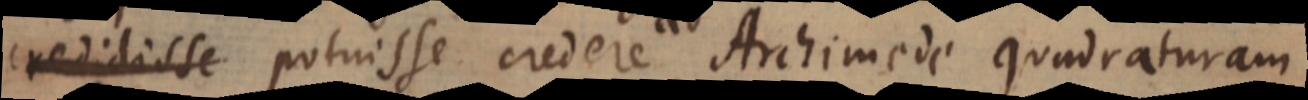
credidisse potuisse credere ab Archimede quadraturam